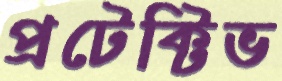
প্রটেক্টিভ